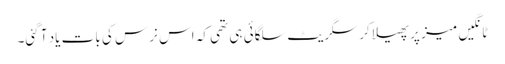
ٹانگیں میز پر پھیلا کر سگریٹ سلگائی ہی تھی کہ اس نرس کی بات یاد آ گئی۔